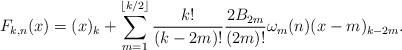
LaTeX: \begin{align*}F_{k,n}(x) = (x)_k + \sum_{m=1}^{\lfloor k/2 \rfloor} \frac{k!}{(k-2m)!} \frac{2B_{2m}}{(2m)!} \omega_m(n) (x-m)_{k-2m}.\end{align*}